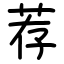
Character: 荐